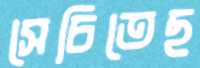
সেচিতেছ